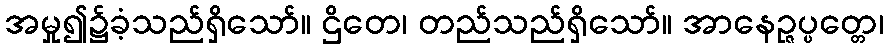
အမှု၍၌ခံ့သည်ရှိသော်။ ဌိတေ၊ တည်သည်ရှိသော်။ အာနေဉ္ဇပ္ပတ္တေ၊